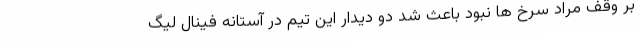
بر وقف مراد سرخ ها نبود باعث شد دو دیدار این تیم در آستانه فینال لیگ